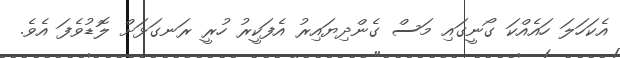
އެކަހަލަ ހައެއްކަ ގޯނީގައި މަސް ގެންދިޔައިރު އެފަކީރު ހުރީ ރަނގަޅަށް ލޮޑުވެފަ އެވެ.